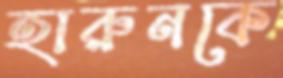
হারুনকে